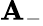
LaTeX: \mathbf{A}_{-}